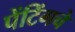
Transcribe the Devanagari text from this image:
पेंटिंगचे